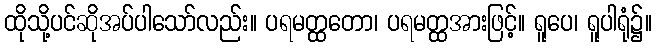
ထိုသို့ပင်ဆိုအပ်ပါသော်လည်း။ ပရမတ္ထတော၊ ပရမတ္ထအားဖြင့်။ ရူပေ၊ ရူပါရုံ၌။